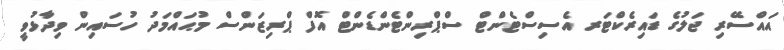
އައްސޭރި ޖަލުގެ ޑައިރެކްޓަރ އެސިސްޓެންޓް ސްޕްރިންޓެންޑެންޓް އޮފް ޕްރިޒަންސް މުޙައްމަދު ހުސައިން ވިދާޅުވީ